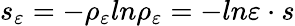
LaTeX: s_{\varepsilon}=-\rho_{\varepsilon}ln\rho_{\varepsilon}=-ln\varepsilon\cdot s